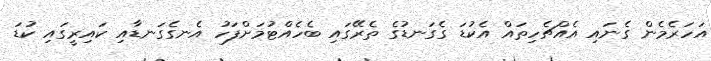
އަހަރެމެން ގެނައި އެއްޗެހިތައް އެކުޑަ ގެގަނޑުގެ ތެރޭގައި ބެހެއްޓުމަށްފަހު އެނގެގަނޑާއި ކައިރީގައި ކުޑަ